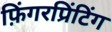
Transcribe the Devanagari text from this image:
फ़िंगरप्रिंटिंग